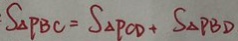
S _ { \Delta P B C } = S _ { \Delta P C D } + S _ { \Delta } P B D